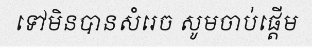
ទៅមិនបានសំរេច សូមចាប់ផ្តើម